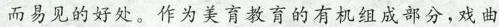
而易见的好处。作为美育教育的有机组成部分,戏曲